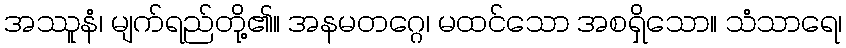
အဿူနံ၊ မျက်ရည်တို့၏။ အနမတဂ္ဂေ၊ မထင်သော အစရှိသော။ သံသာရေ၊